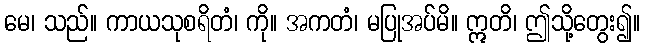
မေ၊ သည်။ ကာယသုစရိတံ၊ ကို။ အကတံ၊ မပြုအပ်မိ။ ဣတိ၊ ဤသို့တွေး၍။